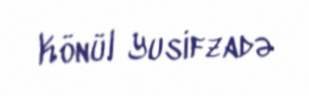
Könül Yusifzadə